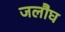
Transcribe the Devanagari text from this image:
जलौघ